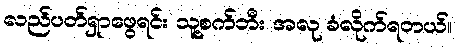
လည်ပတ်ရှာဖွေရင်း သူ့စက်ဘီး အလု ခံလိုက်ရတယ်။